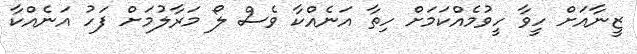
ޒީނާއަށް ހީވާ ހީވުމެއްކަމަށް ހިތާ އަނެއްކާ ވެސް ލޯ މަރާލުމަށް ފަހު އަނެއްކާ